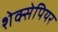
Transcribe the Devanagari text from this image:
शेक्सेपियर